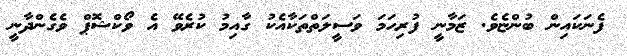
ފެނަކައިން ބުންޏެވެ. ޒަމާނީ ފުރިހަމަ ވަސީލަތްތަކާއެކު ގާއިމު ކުރެވޭ އެ ވޯކްޝޮޕް ވެގެންދާނީ